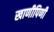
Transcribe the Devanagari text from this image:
खाणीपिणी